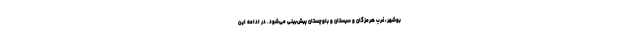
بوشهر، غرب هرمزگان و سیستان و بلوچستان پیش‌بینی می‌شود. در ادامه این